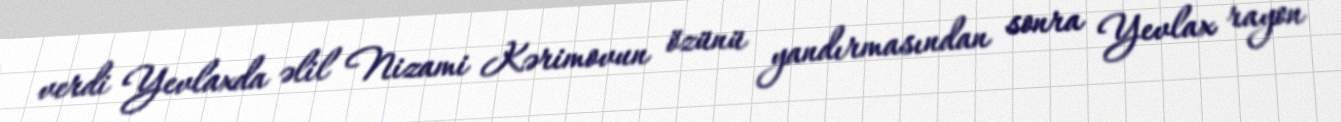
verdi Yevlaxda əlil Nizami Kərimovun özünü yandırmasından sonra Yevlax rayon